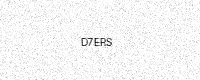
Text: D7ERS